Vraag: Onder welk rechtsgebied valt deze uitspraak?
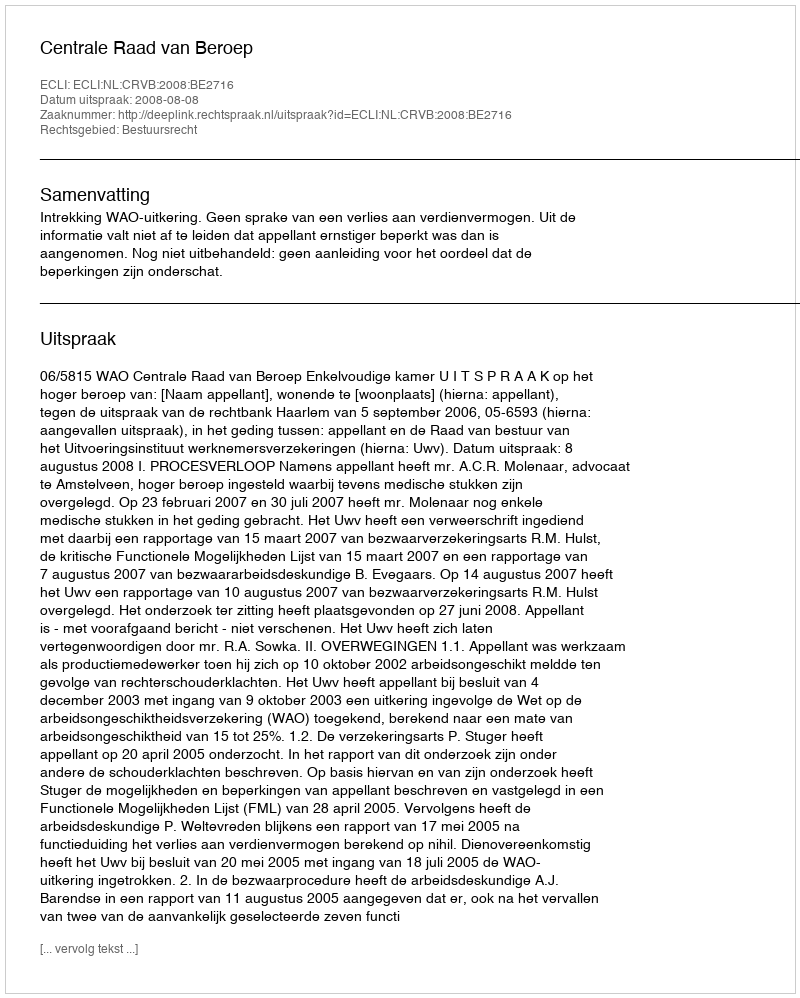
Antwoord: Bestuursrecht